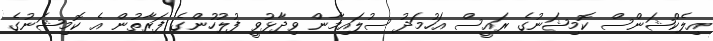
އިލެކްޝަންސް ކޮމިޝަނުގެ ރައީސް އަހުމަދު ސުލައިމާން ވިދާޅުވީ ފުލުހުންގެ ފަރާތުން އެ ކޮމިޝަނުގެ